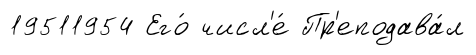
19511954 Его́ числ'е́ Пр'еподава́л